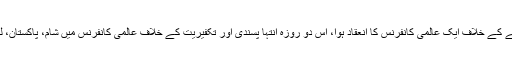
ایران کے شہر قم المقدسہ میں اسی تکفیری خطرے اور نئے عہد کے عظیم فتنے کے خلاف ایک عالمی کانفرنس کا انعقاد ہوا، اس دو روزہ انتہا پسندی اور تکفیریت کے خلاف عالمی کانفرنس میں شام، پاکستان، لبنان، عراق اور 84 دوسرے ممالک سے تقریباً 315 علما دین نے شرکت کی۔